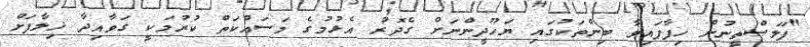
"ފަލަސްތީނުން ހިފާފައިވާ ބިންތަކުގައި ޔަހޫދީންނަށް ގެދޮރު އެޅުމުގެ މަސައްކަތް ކުރުމަކީ ގަވާއިދާ ޚިލާފަށް